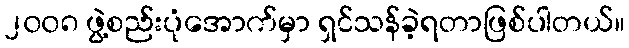
၂၀၀၈ ဖွဲ့စည်းပုံအောက်မှာ ရှင်သန်ခဲ့ရတာဖြစ်ပါတယ်။